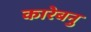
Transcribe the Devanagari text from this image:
कारेबनु